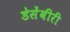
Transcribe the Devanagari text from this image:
डेसेंवीरी